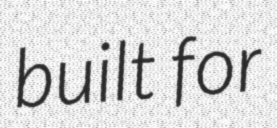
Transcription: built for